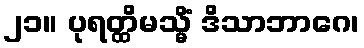
၂၁။ ပုရတ္ထိမသ္မိံ ဒိသာဘာဂေ၊